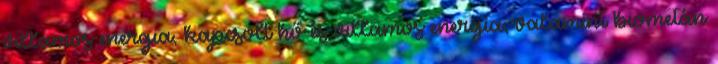
villamos energia, kapcsolt hő és villamos energia, valamint biometán